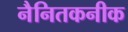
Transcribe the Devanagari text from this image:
नैनितकनीक